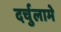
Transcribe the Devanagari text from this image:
दर्चुलामे